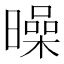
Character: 𣋝